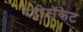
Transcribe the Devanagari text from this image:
रेट्रोरॉकेट